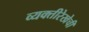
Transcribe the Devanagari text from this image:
व्यक्तीरेखेची